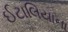
ઈટાલિયાના